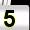
Digit: 5